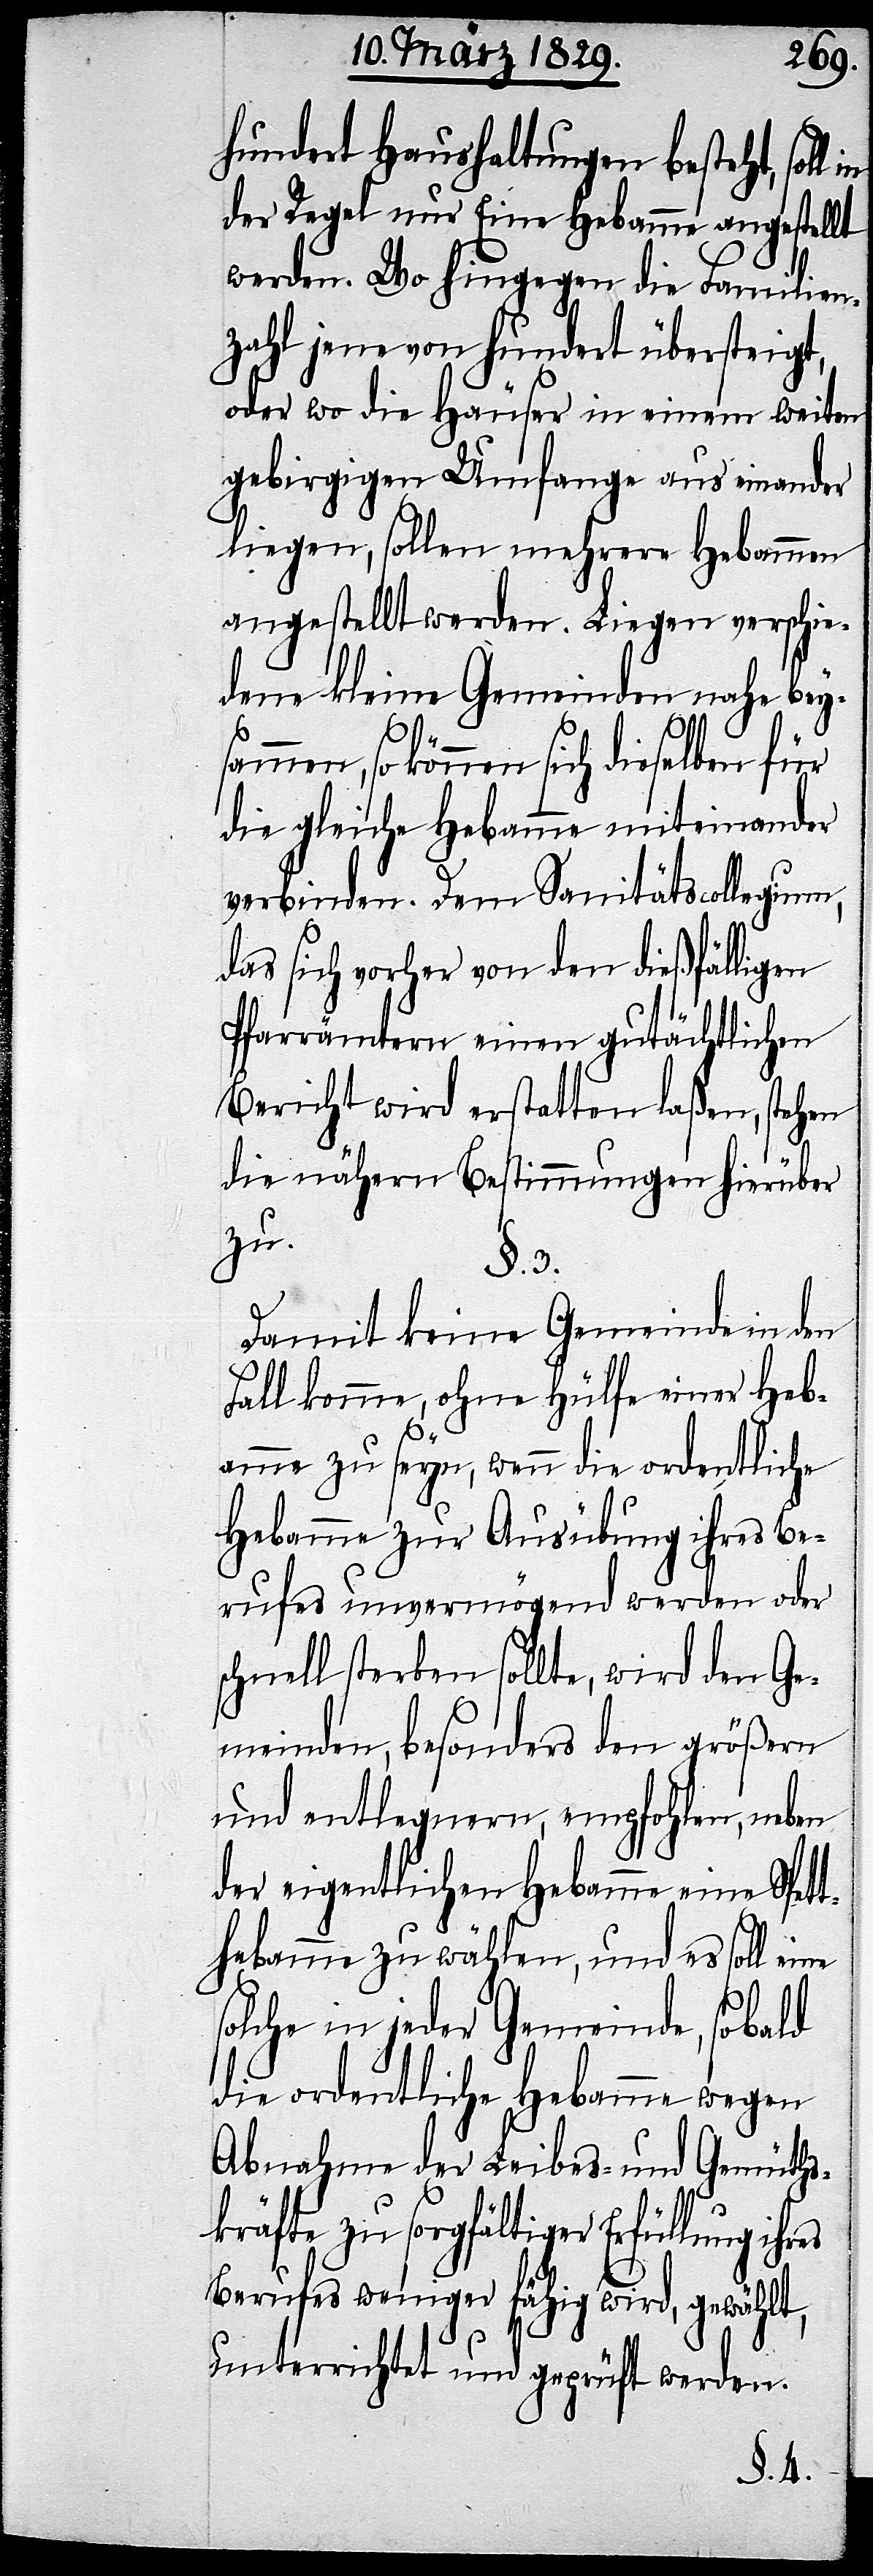
hundert Haushaltungen besteht, soll
der Regel nur Eine Hebamme angestellt
werden. Wo hingegen die Familien¬
zahl jene von hundert übersteigt,
oder wo die Häuser in einem weiten
gebirgigen Umfange aus einander
liegen, sollen mehrere Hebammen
angestellt werden. Liegen verschie¬
dene kleine Gemeinden nahe bey¬
können sich dieselben für
die gleiche Hebamme miteinander
verbinden. Dem Sanitätscollegium,
das sich vorher von den dießfälligen
Pfarrämtern einen gutächtlichen
Bericht wird erstatten laßen, stehen
die nähern Bestimmungen hierüber
zu.
res
Damit keine Gemeinde in den
Fall komme, ohne Hülfe einer Heb¬
amme zu seyn, wenn die ordentliche
Hebamme zur Ausübung ihres Be¬
rufes unvermögend werden oder
schnell sterben sollte, wird den Ge¬
meinden, besonders den größern
und entlegenen, empfohlen, neben
der eigentlichen Hebamme eine Spet¬
t-Hebamme zu wählen, und es soll eine
solche in jeder Gemeinde, sobald
die ordentliche Hebamme wegen
Abnahme der Leibes- und Gemüths¬
kräfte zu sorgfältiger Erfüllung ih¬
Berufes weniger fähig wird, gewählt,
unterrichtet und geprüft werden.